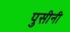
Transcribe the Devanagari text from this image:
पुसीनी